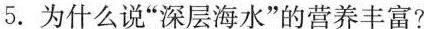
5.为什么说”深层海水”的营养丰富?